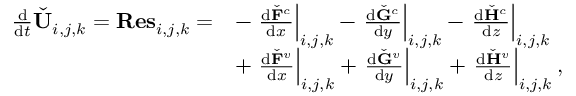
\begin{array} { r } { \begin{array} { r l } { \frac { \mathrm { d } } { \mathrm { d } t } \check { \mathbf { U } } _ { i , j , k } = \mathbf { R e s } _ { i , j , k } = } & { - \left. \frac { \mathrm { d } \check { \mathbf { F } } ^ { c } } { \mathrm { d } x } \right| _ { i , j , k } - \left. \frac { \mathrm { d } \check { \mathbf { G } } ^ { c } } { \mathrm { d } y } \right| _ { i , j , k } - \left. \frac { \mathrm { d } \check { \mathbf { H } } ^ { c } } { \mathrm { d } z } \right| _ { i , j , k } } \\ & { + \left. \frac { \mathrm { d } \check { \mathbf { F } } ^ { v } } { \mathrm { d } x } \right| _ { i , j , k } + \left. \frac { \mathrm { d } \check { \mathbf { G } } ^ { v } } { \mathrm { d } y } \right| _ { i , j , k } + \left. \frac { \mathrm { d } \check { \mathbf { H } } ^ { v } } { \mathrm { d } z } \right| _ { i , j , k } , } \end{array} } \end{array}